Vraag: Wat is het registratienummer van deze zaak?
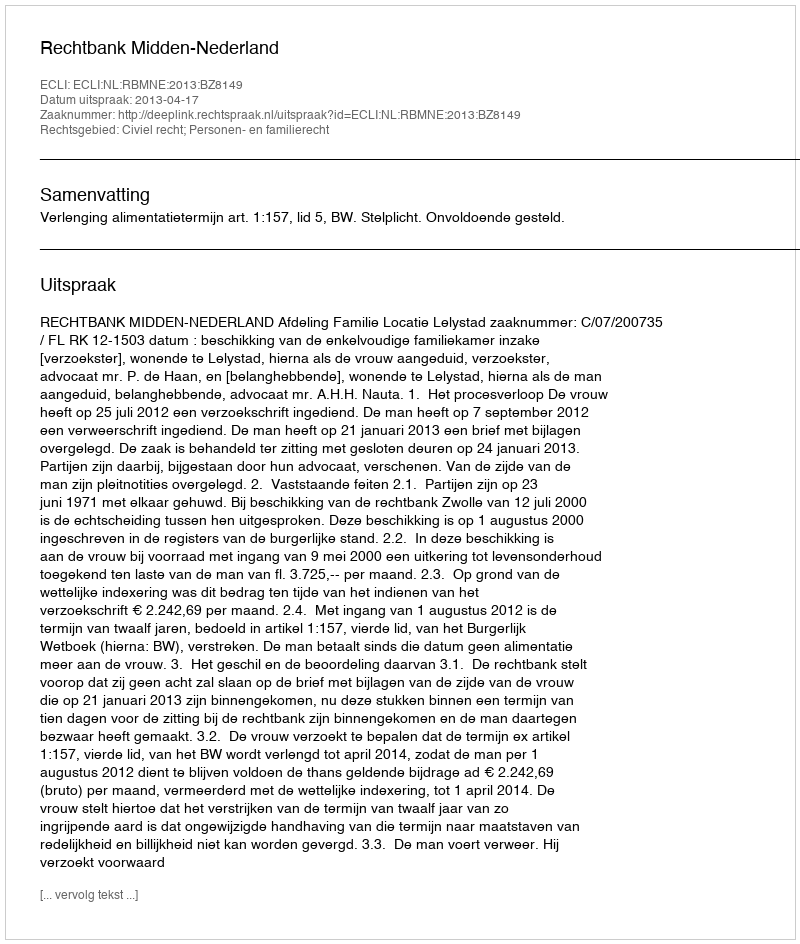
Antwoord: http://deeplink.rechtspraak.nl/uitspraak?id=ECLI:NL:RBMNE:2013:BZ8149